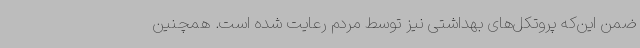
ضمن این‌که پروتکل‌های بهداشتی نیز توسط مردم رعایت شده است. همچنین